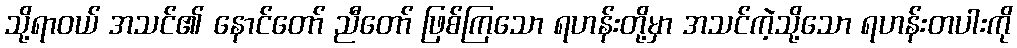
သို့ရာဝယ် အသင်၏ နောင်တော် ညီတော် ဖြစ်ကြသော ရဟန်းတို့မှာ အသင်ကဲ့သို့သော ရဟန်းတပါးကို